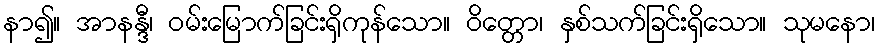
နာ၍။ အာနန္ဒီ၊ ဝမ်းမြောက်ခြင်းရှိကုန်သော။ ဝိတ္တော၊ နှစ်သက်ခြင်းရှိသော။ သုမနော၊